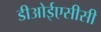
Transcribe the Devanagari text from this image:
डीओईएसीसी